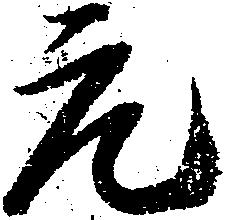
元